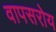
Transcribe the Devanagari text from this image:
वापसरोय